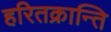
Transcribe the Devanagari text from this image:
हरितक्रान्ति